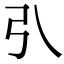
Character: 𢎡